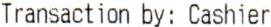
TRANSACTION BY: CASHIER